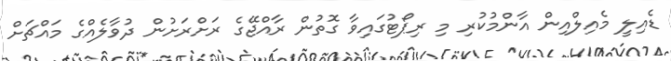
ޑެއިލީ މެއިލްއިން އާންމުކުރި މި ރިޕޯޓުގައިވާ ގޮތުން ރާއްޖޭގެ ރަށްރަށުން ދުވާލެއްގެ މައްޗަށް